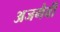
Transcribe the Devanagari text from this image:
अजगैवी